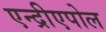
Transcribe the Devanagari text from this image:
एन्द्रीएपोल